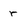
Character: r